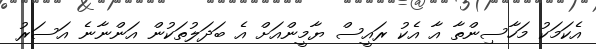
އެކަމަކު މަހާސިންތާ އާ އެކު ރައީސް ޔާމީންއަށް އެ ބަދަލުތަކުން އަންނާނެ އަސަރު